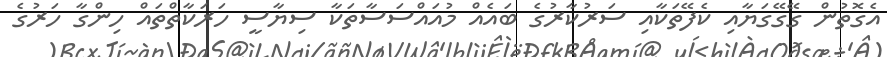
އެގޮތުން ގޭގޭގަޔާއި ކެފޭތަކާއި ސަރުކާރުގެ ބައެއް މުއައްސަސާތަކާ ސިޔާސީ ހަރަކާތްތައް ހިންގާ ހަރުގެ